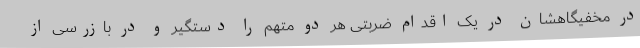
در مخفیگاهشان در یک اقدام ضربتی هر دو متهم را دستگیر و در بازرسی از